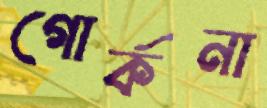
গোর্কনা